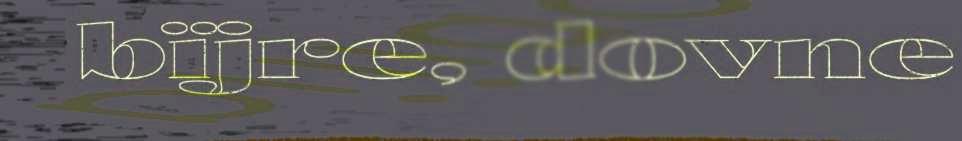
bïjre, dovne